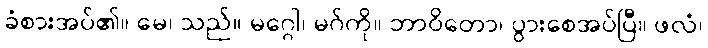
ခံစားအပ်၏။ မေ၊ သည်။ မဂ္ဂေါ၊ မဂ်ကို။ ဘာဝိတော၊ ပွားစေအပ်ပြီ။ ဖလံ၊